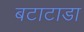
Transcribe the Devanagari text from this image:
बटाटाडा